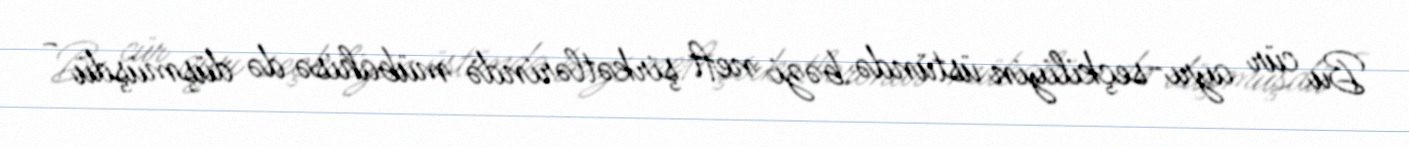
Bu cür ayrı-seçkiliyin üstündə bəzi neft şirkətlərində mübahisə də düşmüşdü -